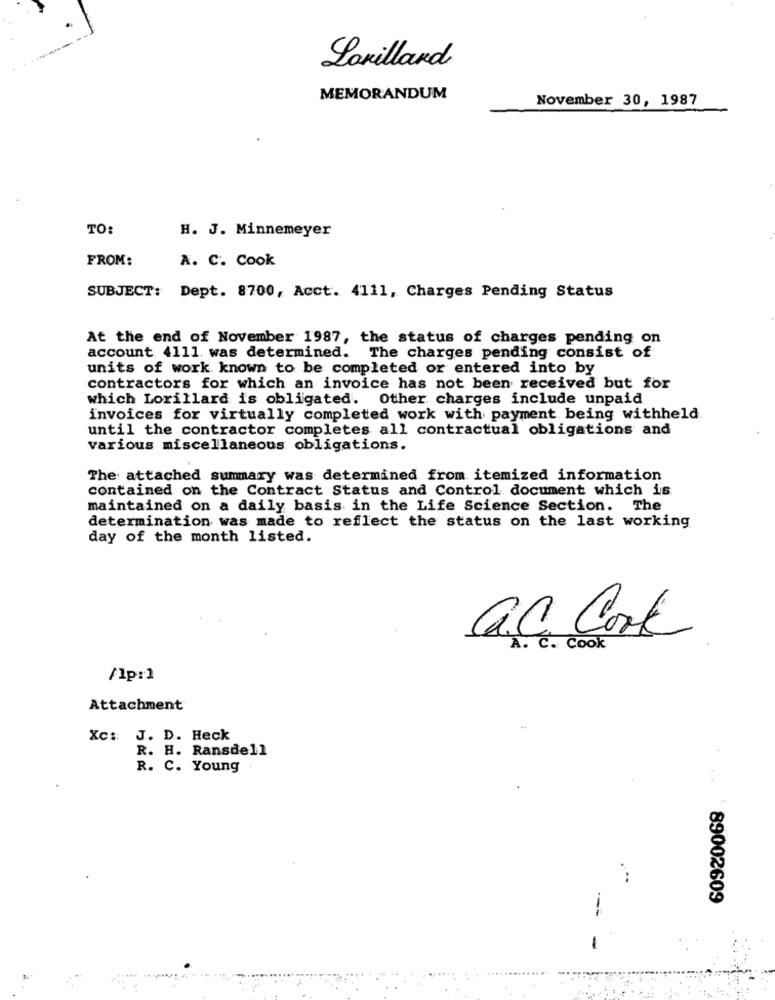
Lovillard
MEMORANDUM
November 30, 1987
TO:
H. J. Minnemeyer
FROM:
A. C. Cook
SUBJECT: Dept. 8700, Acct. 4111, Charges Pending Status
At the end of November 1987, the status of charges pending on
account 4111 was determined. The charges pending consist of
units of work known to be completed or entered into by
contractors for which an invoice has not been received but for
which Lorillard is obligated. Other charges include unpaid
invoices for virtually completed work with payment being withheld
until the contractor completes all contractual obligations and
various miscellaneous obligations.
The: attached summary was determined from itemized information
contained on the Contract Status and Control document which is
maintained on a daily basis in the Life Science Section. The
determination was made to reflect the status on the last working
day of the month listed.
C.C. Cork
C. Cook
/lp:1
Attachment
Xc: J. D. Heck
R. H. Ransdell
R. C. Young
89002609
..... .........